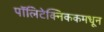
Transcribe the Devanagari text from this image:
पॉलिटेक्निककमधून